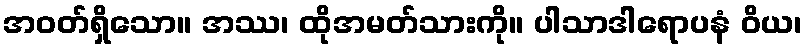
အဝတ်ရှိသော။ အဿ၊ ထိုအမတ်သားကို။ ပါသာဒါရောပနံ ဝိယ၊